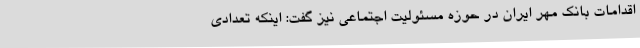
اقدامات بانک مهر ایران در حوزه مسئولیت اجتماعی نیز گفت: اینکه تعدادی